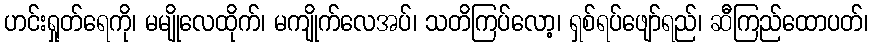
ဟင်းရှုတ်ရေကို၊ မမျိုလေထိုက်၊ မကျိုက်လေအပ်၊ သတိကြပ်လော့၊ ရှစ်ရပ်ဖျော်ရည်၊ ဆီကြည်ထောပတ်၊